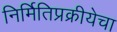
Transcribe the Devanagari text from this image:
निर्मितिप्रक्रीयेचा